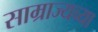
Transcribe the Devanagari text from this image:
साम्राज्यच्या